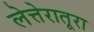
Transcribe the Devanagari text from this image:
लेत्तेरातूरा